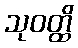
သုဝတ္ထိ